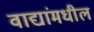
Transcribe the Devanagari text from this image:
वाद्यांमधील